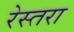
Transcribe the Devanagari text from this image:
रेस्तरा